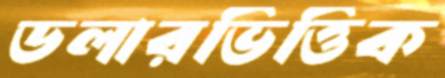
ডলারভিত্তিক